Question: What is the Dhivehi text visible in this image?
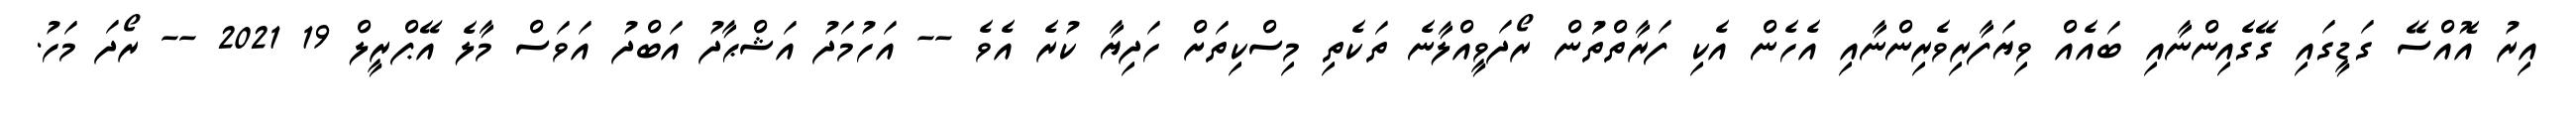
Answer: އިރު އޮއްސޭ ގަޑީގައި ގޭގެއިންނާއި ބައެއް ވިޔަފާރިވެރިންނާއި އެހެން އެކި ފަރާތްތަުން ރޯދަވީއްލާނެ ތަކެތި މިސްކިތަށް ހަދިޔާ ކުރެ އެވެ -- އަހުމަދު އަޝްޙާދު އަބްދު އަވަސް މާލެ އޭޕްރީލް 19 2021 -- ރޯދަ މަހު.